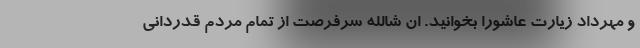
و مهرداد زیارت عاشورا بخوانید. ان شالله سرفرصت از تمام مردم قدردانی